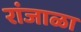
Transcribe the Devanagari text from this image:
रांजाळा